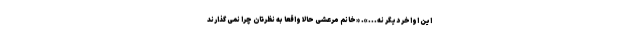
این اواخر دیگر نه...». «خانم مرعشی حالا واقعا به نظرتان چرا نمی گذارند